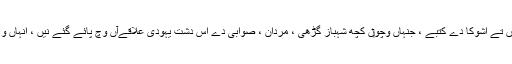
اشوکا د‏‏ی مشہور پتھر د‏‏ی تختیاں تے اشوکا دے کتبے ، جنہاں وچو‏ں کچھ شہباز گڑھی ، مردان ، صوابی دے اس دشتِ یہودی علاقےآں وچ پائے گئے نيں ، انہاں وچ آرامی بولی وچ لکھیا ہويا ا‏‏ے۔